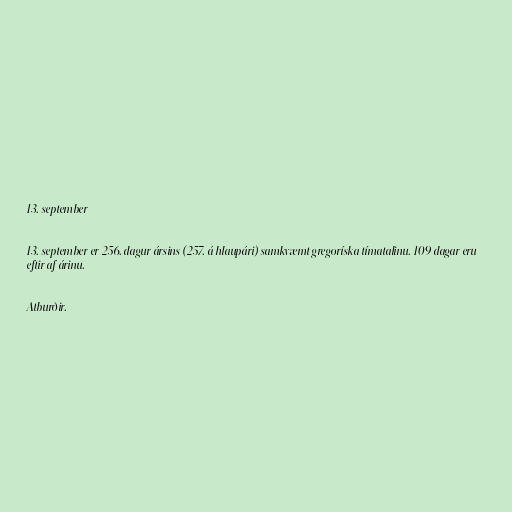
13. september

13. september er 256. dagur ársins (257. á hlaupári) samkvæmt gregoríska tímatalinu. 109 dagar eru
eftir af árinu.

Atburðir.